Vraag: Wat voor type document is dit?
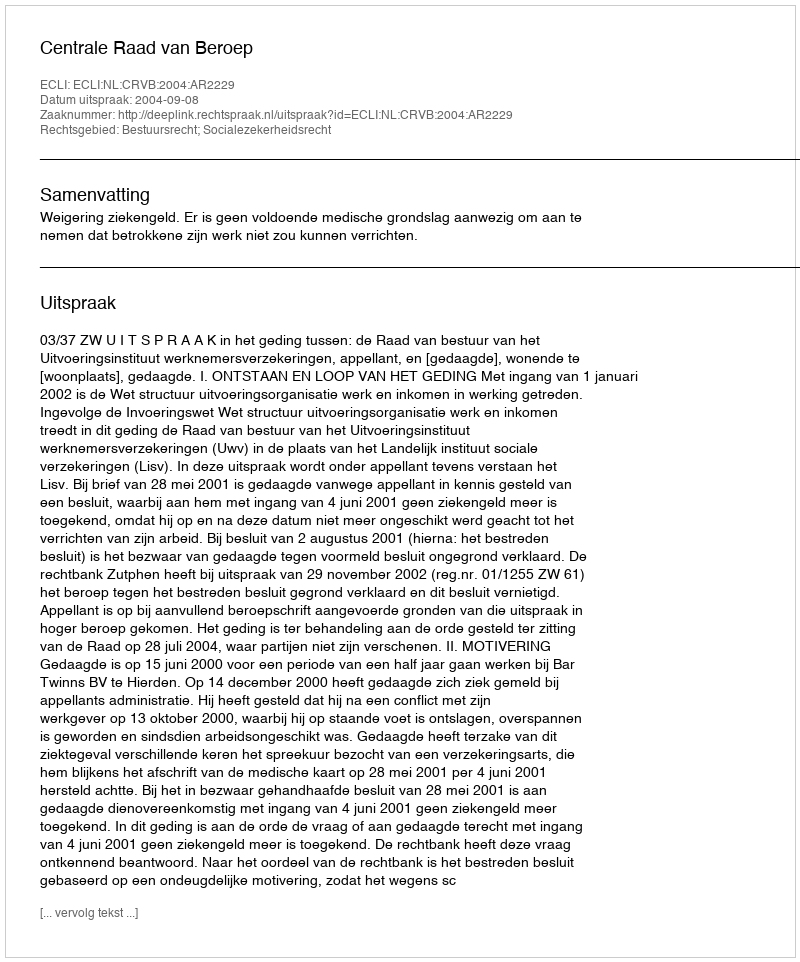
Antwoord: Uitspraak